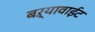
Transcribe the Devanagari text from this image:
बऱ्यावाईट